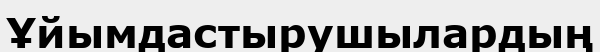
Ұйымдастырушылардың